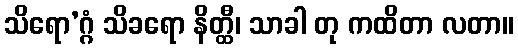
သိရော’ဂ္ဂံ သိခရော နိတ္ထီ၊ သာခါ တု ကထိတာ လတာ။